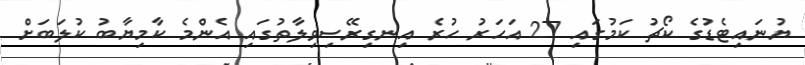
ޔުނައިޓެޑުގެ ކޯޗު ކަމުގައި 27 އަހަރު ހުރެ އިނގިރޭސިވިލާތުގައި އެންމެ ކާމިޔާބު ކުލަބަށް